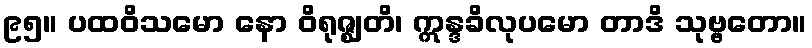
၉၅။ ပထဝိသမော နော ဝိရုဇ္ဈတိ၊ ဣန္ဒခိလုပမော တာဒိ သုဗ္ဗတော။